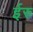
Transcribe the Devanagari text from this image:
ईरु